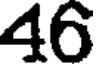
46